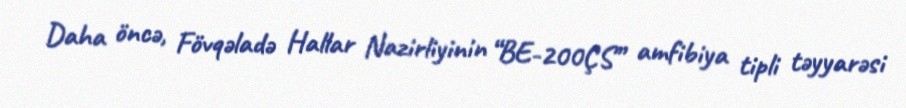
Daha öncə, Fövqəladə Hallar Nazirliyinin “BE-200ÇS” amfibiya tipli təyyarəsi